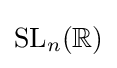
\mathrm {SL} _{n}(\mathbb {R} )